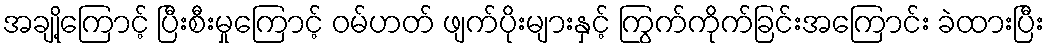
အချို့ကြောင့် ပြီးစီးမှုကြောင့် ဝမ်ဟတ် ဖျက်ပိုးများနှင့် ကြွက်ကိုက်ခြင်းအကြောင်း ခဲထားပြီး